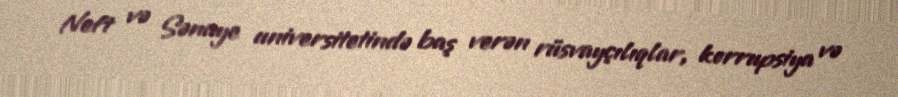
Neft və Sənaye universitetində baş verən rüsvayçılıqlar, korrupsiya və